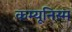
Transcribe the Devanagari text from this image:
कम्यूनिस्म